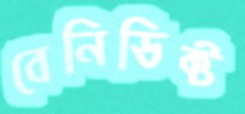
বেনিডিক্ট